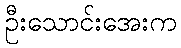
ဦးသောင်းအေးက